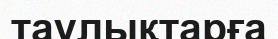
таулықтарға